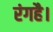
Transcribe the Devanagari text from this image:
रंगहै।